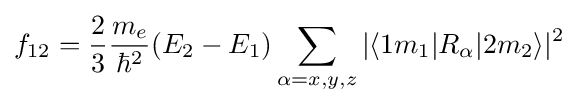
f_{12}={\frac {2}{3}}{\frac {m_{e}}{\hbar ^{2}}}(E_{2}-E_{1})\sum _{\alpha =x,y,z}|\langle 1m_{1}|R_{\alpha }|2m_{2}\rangle |^{2}